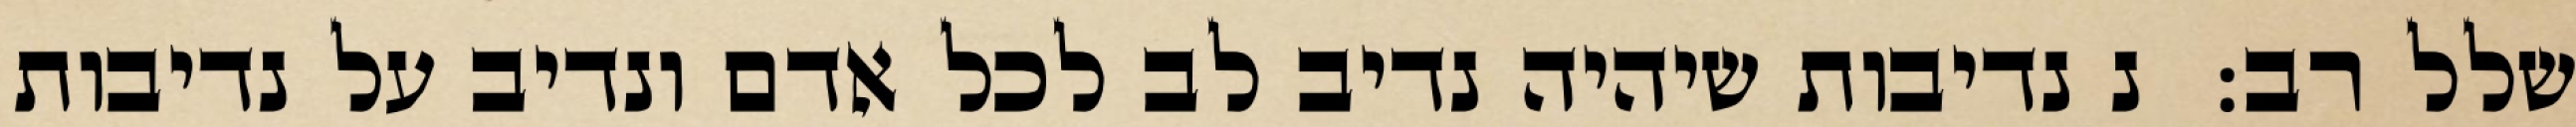
שלל רב:  נ נדיבות שיהיה נדיב לב לכל אדם ונדיב על נדיבות